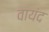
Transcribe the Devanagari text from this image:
वायंद